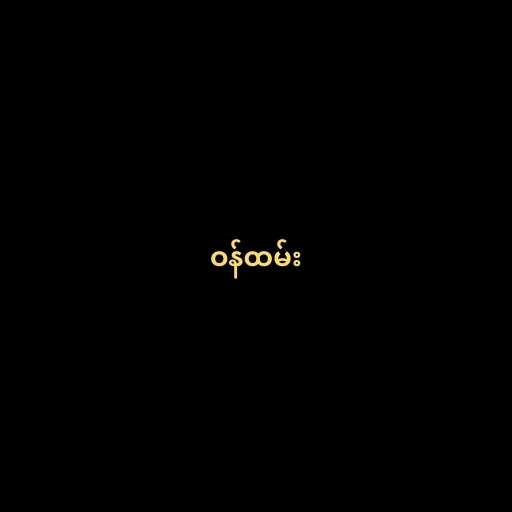
ဝန်ထမ်း